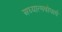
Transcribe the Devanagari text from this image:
अध्यात्मबोधार्थ